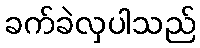
ခက်ခဲလှပါသည်